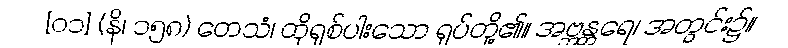
[၀၁] (နိ၊ ၁၅၈) တေသံ၊ ထိုရှစ်ပါးသော ရုပ်တို့၏။ အဗ္ဘန္တရေ၊ အတွင်း၌။